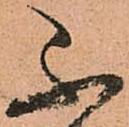
不